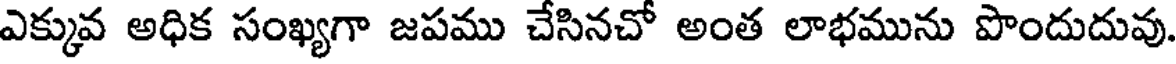
ఎక్కువ అధిక సంఖ్యగా జపము చేసినచో అంత లాభమును పొందుదువు